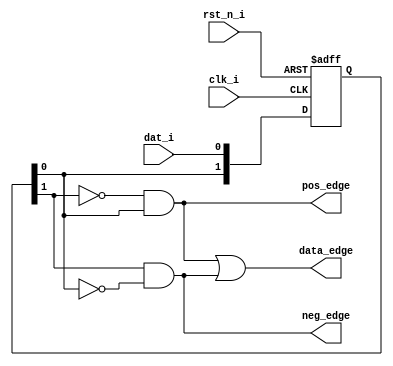
module Edge_Detect(
    clk_i    , 
    rst_n_i  , 
    dat_i    , 
    pos_edge , 
    neg_edge , 
    data_edge
);

input       clk_i    ;
input       rst_n_i  ;
input       dat_i    ;
output wire pos_edge ;
output wire neg_edge ;
output wire data_edge;
reg  [1:0]  data_r;

//相当于对dat_i 打两拍data_r[0] data_r[1]
always @(posedge clk_i or negedge rst_n_i)
begin
    if(rst_n_i == 1'b0)
    begin
        data_r <= 2'b00;
    end
    else
    begin
        data_r <= {data_r[0], dat_i};
    end
end

assign pos_edge = ~data_r[1] & data_r[0];
// 上 升 沿 
assign neg_edge = data_r[1] & ~data_r[0];
// 下 降 沿
assign data_edge = pos_edge | neg_edge;
// 数 据 沿

endmodule